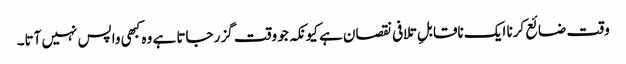
وقت ضائع کرنا ایک ناقابلِ تلافی نقصان ہے کیونکہ جو وقت گزر جاتا ہے وہ کبھی واپس نہیں آتا۔